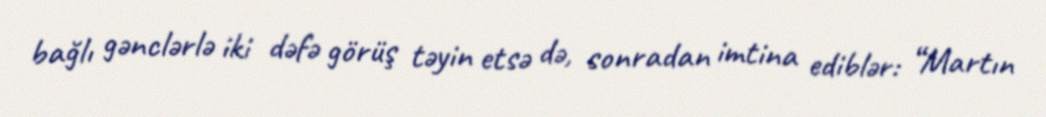
bağlı gənclərlə iki dəfə görüş təyin etsə də, sonradan imtina ediblər: “Martın